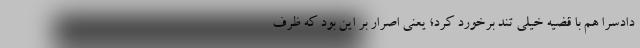
دادسرا هم با قضیه خیلی تند برخورد کرد؛ یعنی اصرار بر این بود که ظرف